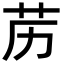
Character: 苈